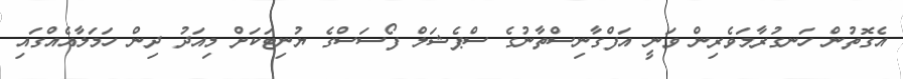
އެގޮތުން ހަނގުރާމަވެރިން ވަނީ އަފްގާނިސްތާނުގެ ސްޕެޝަލް ފޯސަސްގެ ޔުނިޓަކަށް މިއަދު ދިން ހަމަލާއެއްގައި